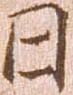
日